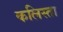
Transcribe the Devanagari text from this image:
कलिस्ता